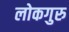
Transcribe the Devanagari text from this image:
लोकगुरु